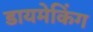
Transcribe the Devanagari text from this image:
डायमेकिंग